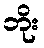
ဘိုး